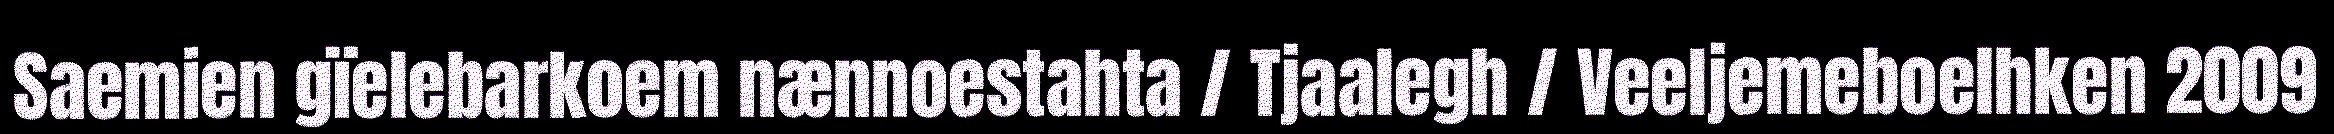
Saemien gïelebarkoem nænnoestahta / Tjaalegh / Veeljemeboelhken 2009